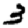
Digit: 3